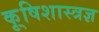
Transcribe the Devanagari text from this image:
कृ्षिशास्त्रज्ञ